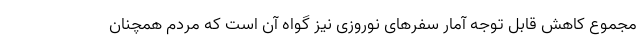
مجموع کاهش قابل توجه آمار سفرهای نوروزی نیز گواه آن است که مردم همچنان